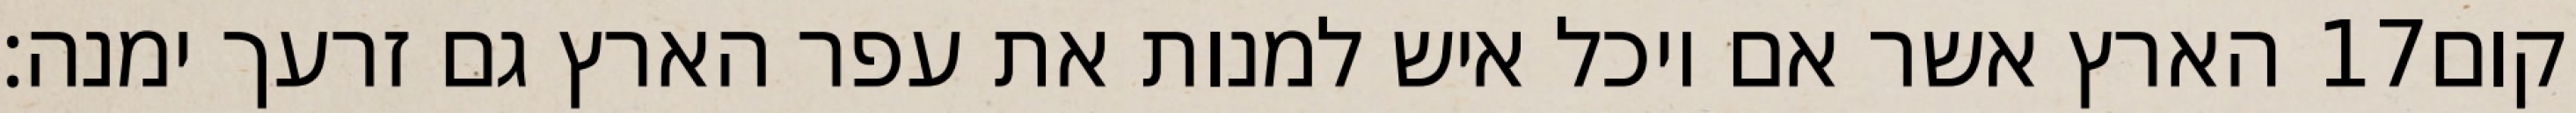
הארץ אשר אם יוכל איש למנות את עפר הארץ גם זרעך ימנה׃ ‎17‏ קום